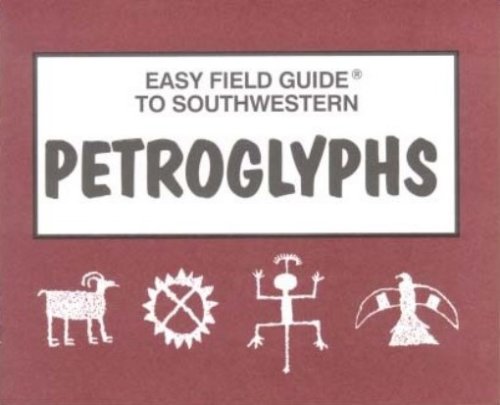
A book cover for Easy Field Guide to Southwestern Petroglyphs (Easy Field Guides); Elizabeth C. Welsh; Sports & Outdoors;